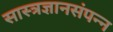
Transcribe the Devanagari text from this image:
सास्त्रज्ञानसंपन्न